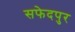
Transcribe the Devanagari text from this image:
सफेदपुर